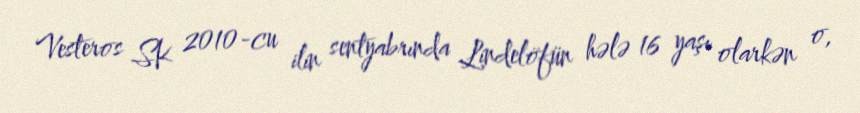
Vesteros SK 2010-cu ilin sentyabrında Lindelöfün hələ 16 yaşı olarkən o,